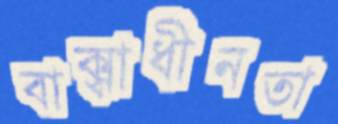
বাক্স্বাধীনতা